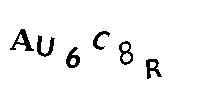
AU6C8R